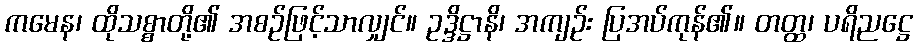
ကမေန၊ ထိုသစ္စာတို့၏ အစဉ်ဖြင့်သာလျှင်။ ဥဒ္ဒိဋ္ဌာနိ၊ အကျဉ်း ပြအပ်ကုန်၏။ တတ္ထ၊ ပရိညဋ္ဌေ